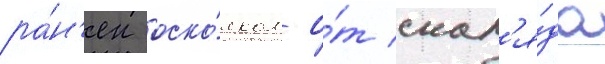
ра́н'ен оско́лком о́т снар'я́да